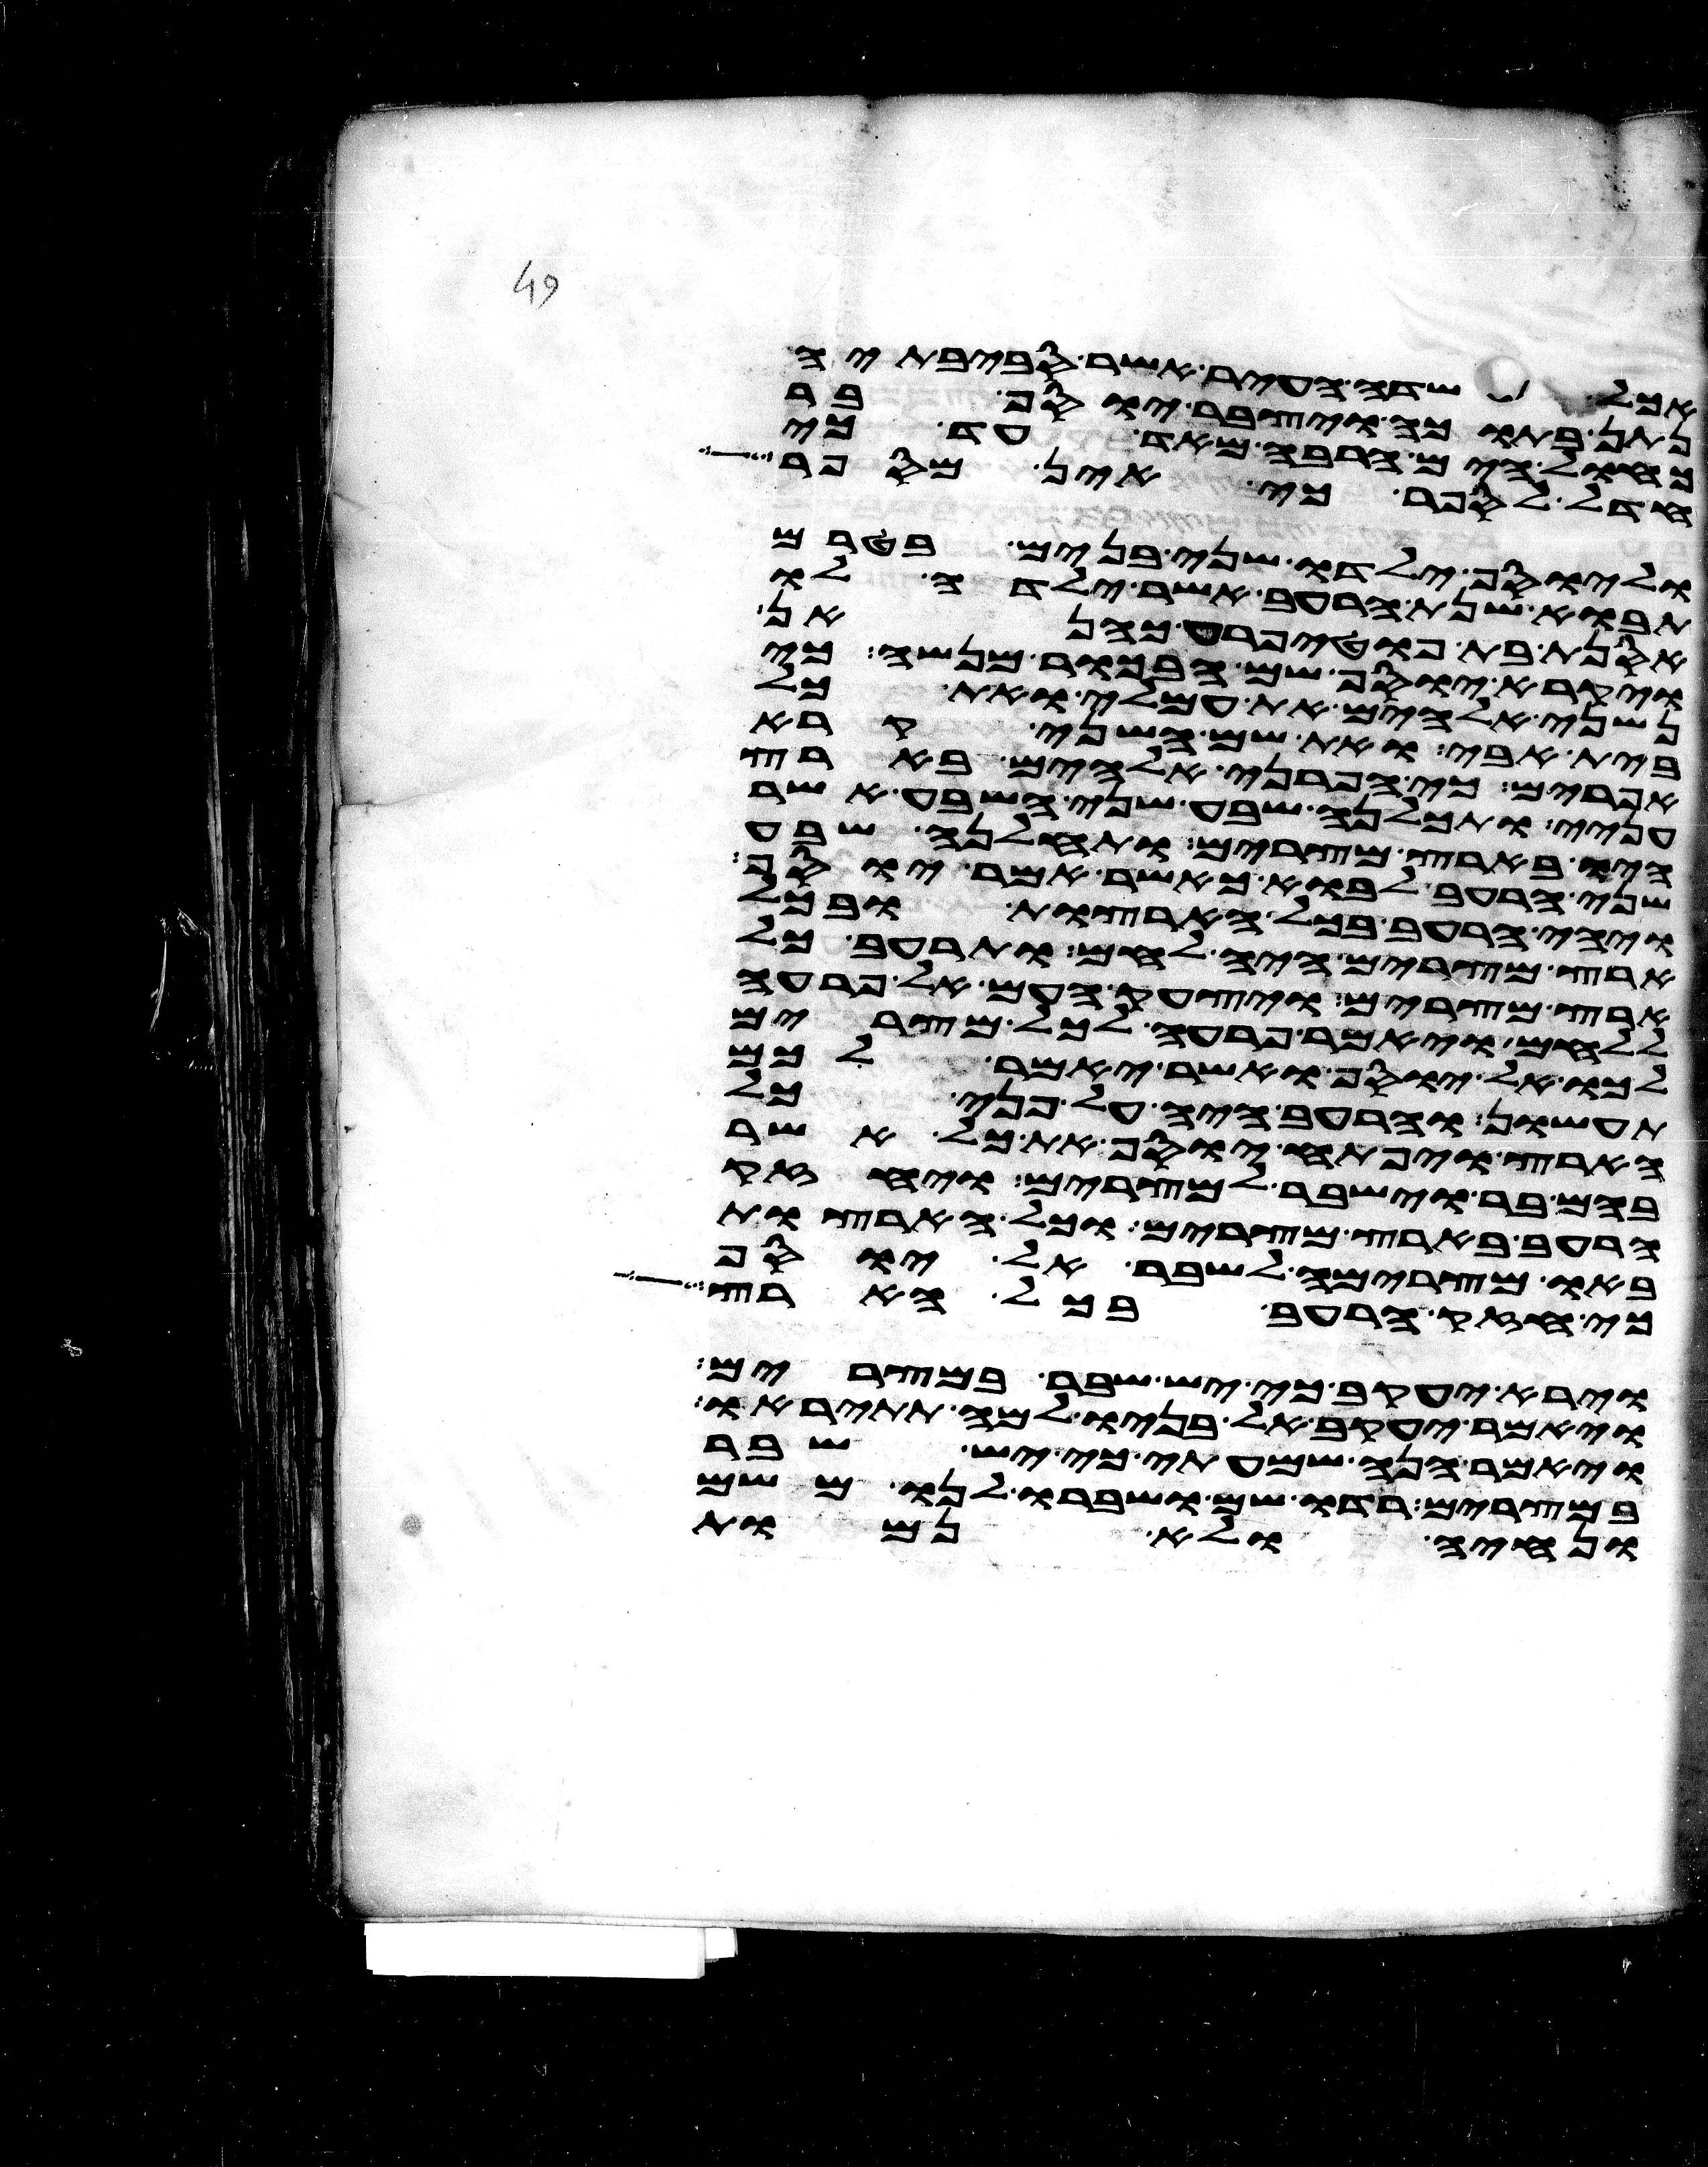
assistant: אכל שדה העיר אשר סביבתיה
נתן בתוכה ויצבר יוסף בר
כחול הים הרבה מאד עד כי
חדל לספר כי אין מספר
וליוסף ילדו שני בנים בטרם
תבוא שנת הרעב אשר ילדה לו
אסנת בת פוטיפרע כהנאן
ויקרא יוסף שם הבכור מנשה כי
נשני אלהים את עמלי ואת כל
בית אבי ואת שם השני קרא
אפרים כי הפרני אלהים בארץ
עניי ותכלנה שבע שני השבע אשר
היו בארץ מצרים ותחלנה שבע
שני הרעב לבוא כאשר אמר יוסף
ויהי הרעב בכל הארצות ובכל
ארץ מצרים היה לחם ותרעב כל
ארץ מצרים ויצעק העם אל פרעה
ללחם ויאמר פרעה לכל מצרים
לכו אל יוסף ואשר יאמר לכם
תעשון והרעב היה על פני כל
הארץ ויפתח יוסף את כל אשר
בהם בר וישבר למצרים ויחזק
הרעב בארץ מצרים וכל הארצות
באו מצרימה לשבר אל יוסף
כי חזק הרעב בכל הארץ
וירא יעקב כי יש שבר במצרים
ויאמר יעקב אל בניו למה תתיראו
ויאמר הנה שמעתי כי יש שבר
במצרים רדו שם ושברו לנו משם
ונחיה ולא נמות